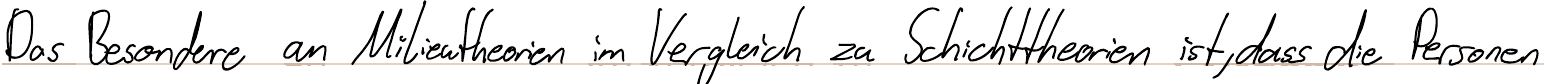
Das Besondere an Milieutheorien im Vergleich zu Schichttheorien ist, dass die Personen